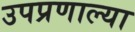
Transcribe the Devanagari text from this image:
उपप्रणाल्या